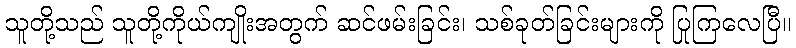
သူတို့သည် သူတို့ကိုယ်ကျိုးအတွက် ဆင်ဖမ်းခြင်း၊ သစ်ခုတ်ခြင်းများကို ပြုကြလေပြီ။